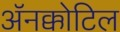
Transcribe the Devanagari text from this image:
अॅनक्कोटिल